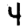
Digit: 4